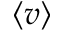
\left\langle v \right\rangle